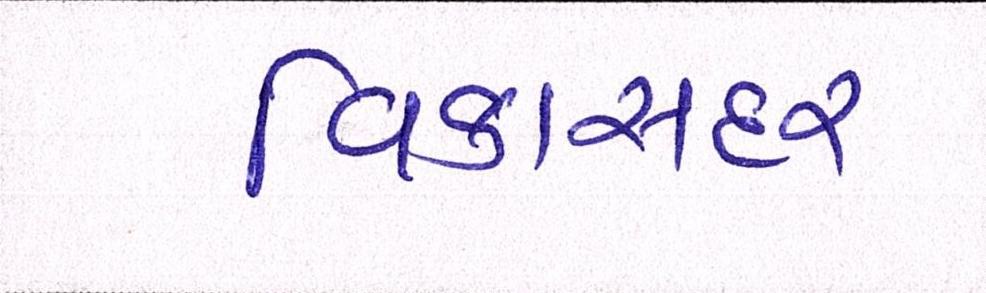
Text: વિકાસદર